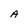
Character: A